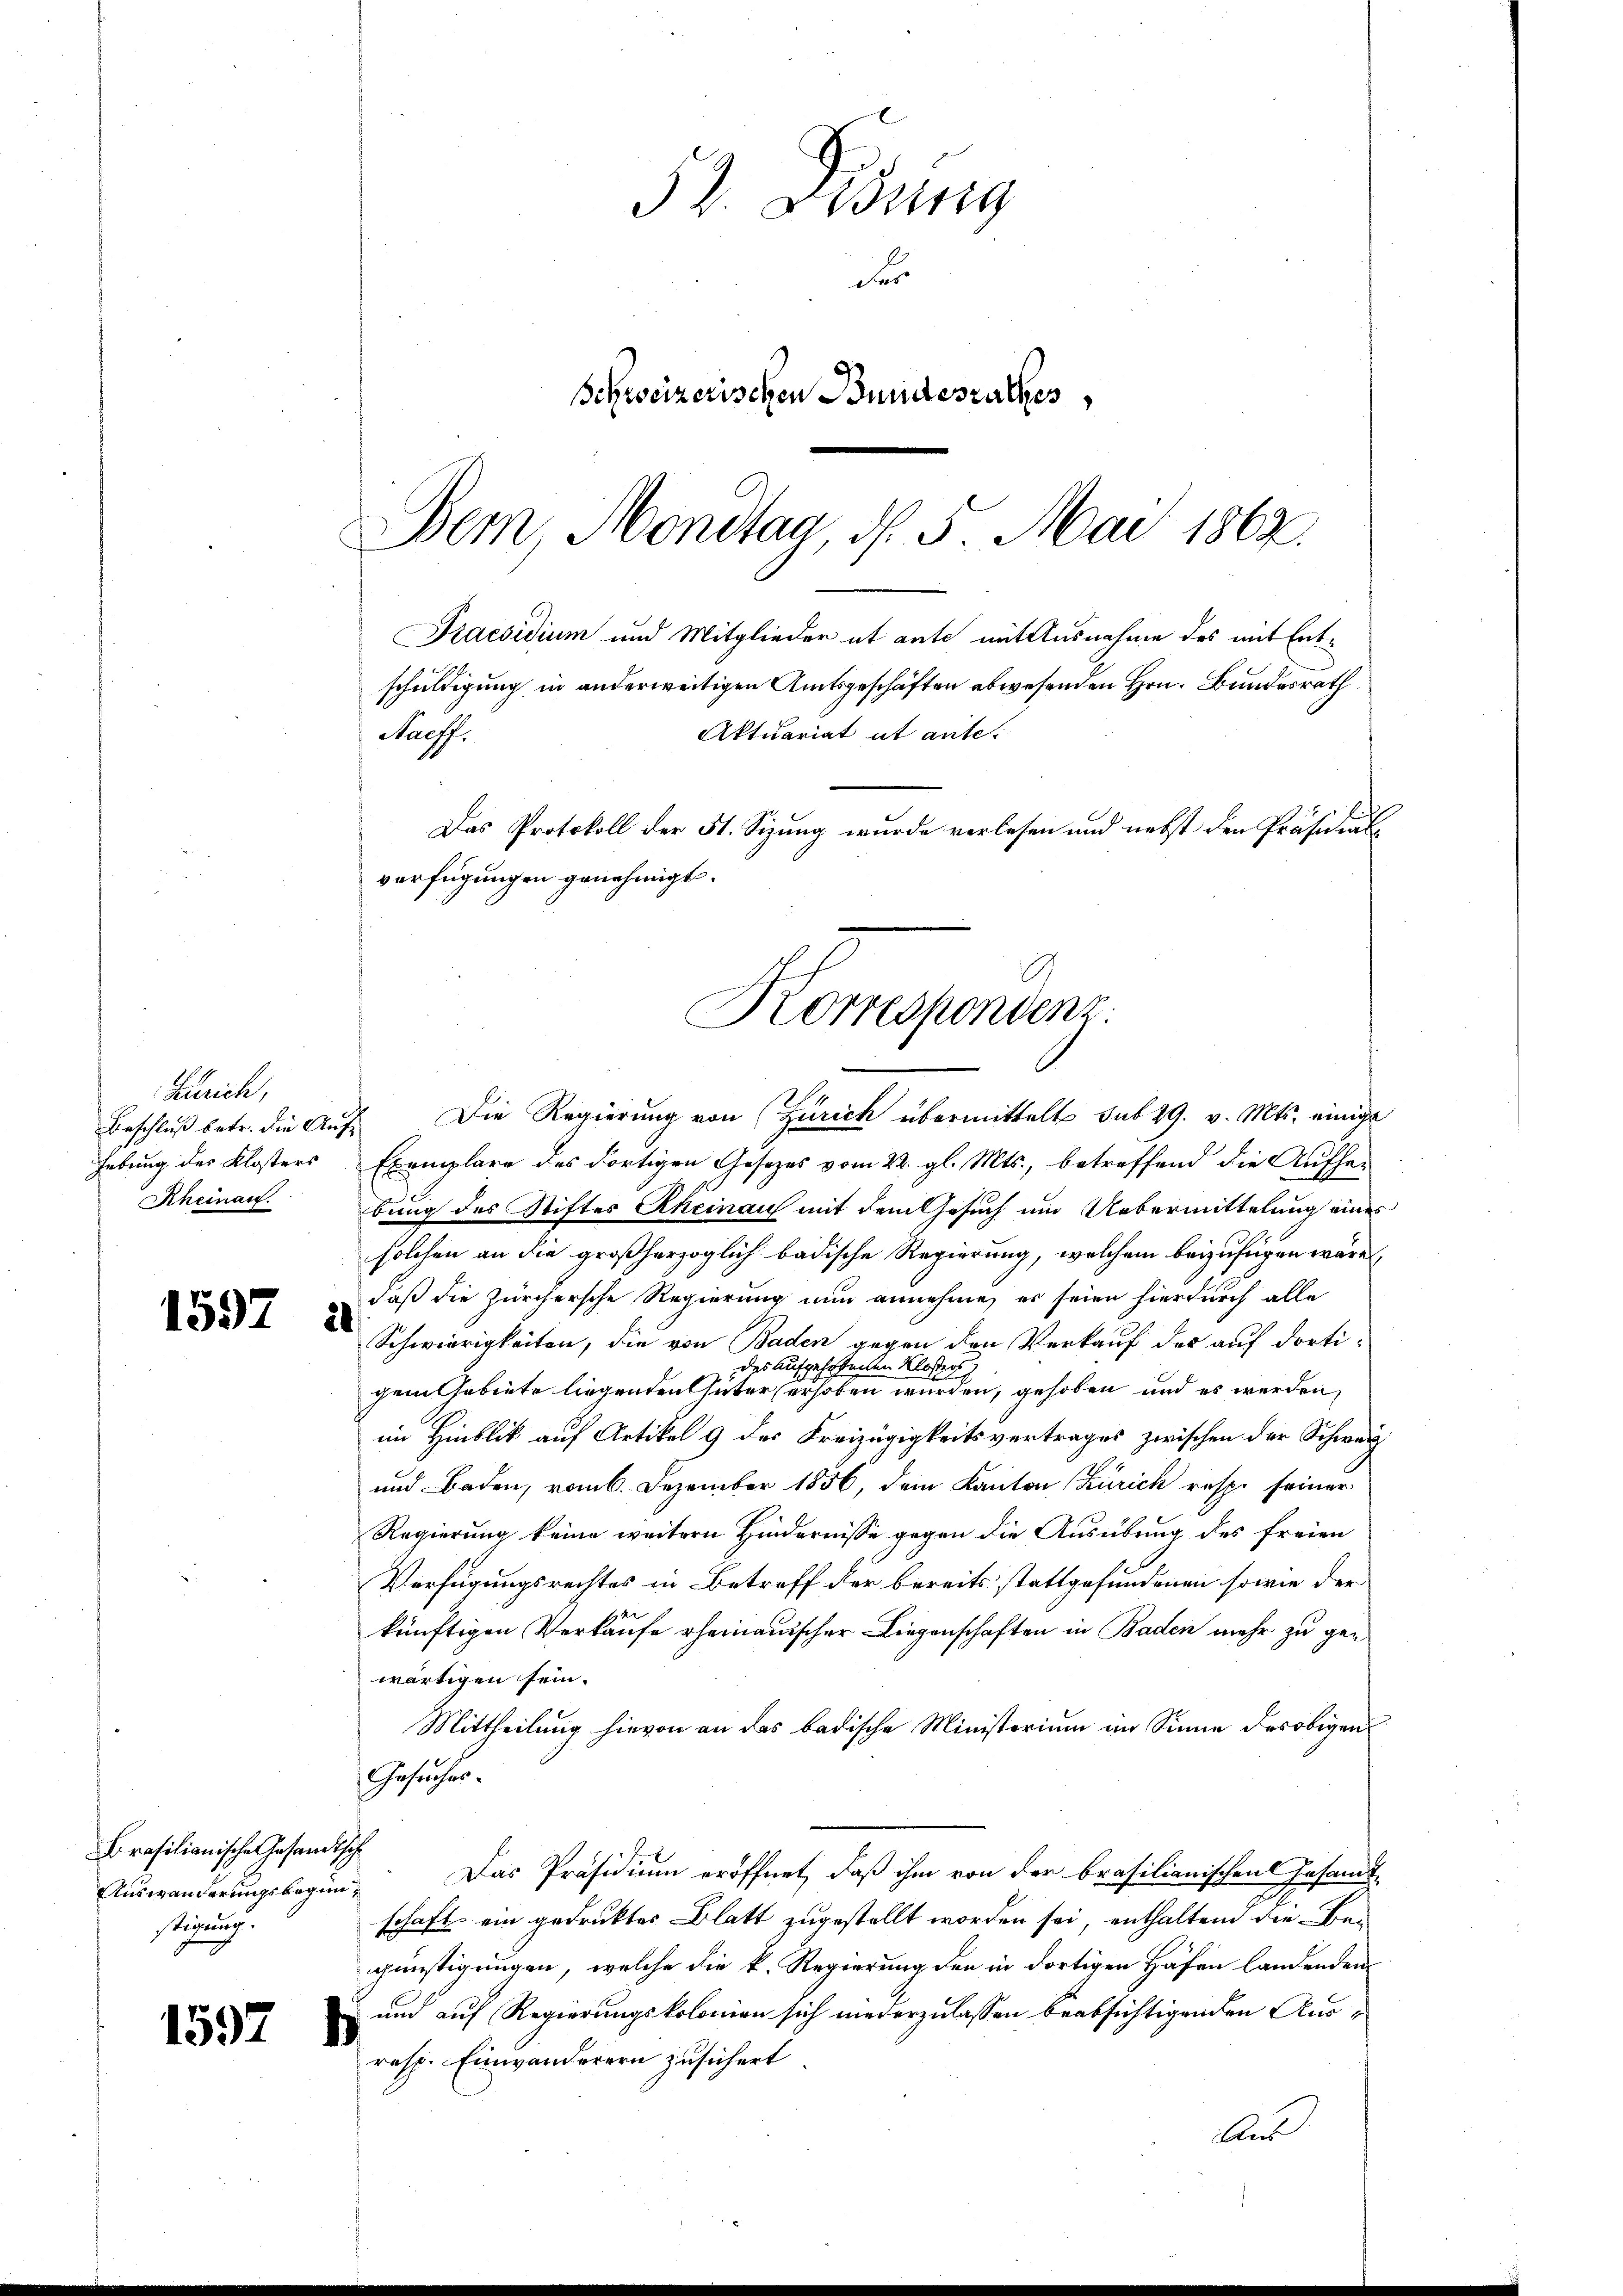
Zürich,
hebung des Klosters
Kheinau.

1597 a

Brasilianischen Gesandtsche
Auswanderungsbeginstigung.

1597

52. Bürg
d
Schweizerischen Bundeszuckes,

Dem Montag, d. 5. Mai 1862.
Praesidium und Mitglieder et ante mit Ausnahme des mit Entschuldigung in anderweitigen Amtsgeschäften abwesenden Hrn. Bundesrath
Aktuariat it ante
Das Protokoll der 51. Sizung wurde verlesen und nebst den Präsidialverfügungen genehmigt.
Korrespondenz.

Haeff.

Beschluß betr. die Auf Die Regierung von (Zürich übermittelt sub 29. v. Mts. einige
Exemplare des dortigen Gesetzes vom 22. gl. Mts., betreffend die Aufhei
bung des Stiftes Rheinau mit dem Gesuch um Uebermittelung eines
solchen an die großherzoglich badische Regierung, welchem beizufügen wäre.
daß die Zürchersche Regierung nun annehme, es seien hierdurch alle
Schwierigkeiten, die von Baden gegen den Verkauf des auf dorti-
des aufgehobenen Klosters
gem Gebiete liegenden Güter erhoben wurden, gehoben und es werden,
im Hinblick auf Artikel 9 des Kreizügigkeitsvertrages zwischen der Schwarz
und Baden, vom 6. Dezember 1856, dem Kanton Zürich resp. seiner
Regierung keine weitern Hindernisse gegen die Ausübung des freien
Verfügungsrechtes in Betreff der bereits stattgefundenen sowie der
künftigen Verkaufe erheinauischer Liegenschaften in Baden mehr zu gewärtigen sein.
Mittheilung hievon an das badische Ministerium im Sinne des obigen
Gesuchen.
Das Präsidium eröffnet, daß ihm von der brasilianischen Gesandtschaft ein gedruktes Blatt zugestellt worden sei, enthaltend die Begünstigungen, welche die k. Regierung den in dortigen Häfen landenden
und auf Regierungskolonien sich niederzulassen beabsichtigenden Aus¬
resp. Einwanderern zusichert
Aus